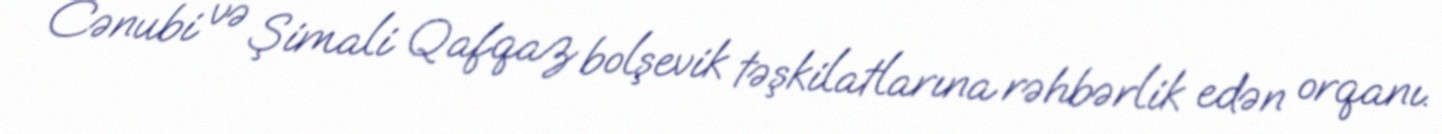
Cənubi və Şimali Qafqaz bolşevik təşkilatlarına rəhbərlik edən orqanı.